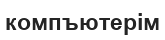
компъютерім